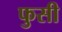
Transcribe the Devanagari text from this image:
फुसी